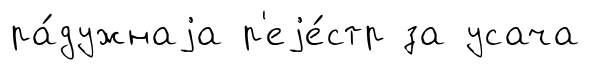
ра́дужнаjа р'еjе́стр за усача